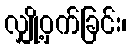
လျှို့ဝှက်ခြင်း၊